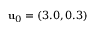
{ \bf u } _ { 0 } = ( 3 . 0 , 0 . 3 )